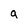
Character: a